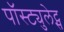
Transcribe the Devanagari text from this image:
पॉस्ट्युलेट्स